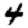
Digit: 4